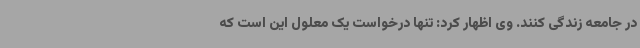
در جامعه زندگی کنند. وی اظهار کرد: تنها درخواست یک معلول این است که